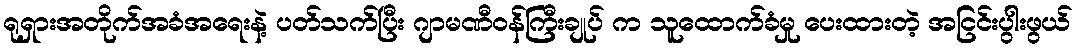
ရုရှားအတိုက်အခံအရေးနဲ့ ပတ်သက်ပြီး ဂျာမဏီဝန်ကြီးချုပ် က သူထောက်ခံမှု ပေးထားတဲ့ အငြင်းပွါးဖွယ်